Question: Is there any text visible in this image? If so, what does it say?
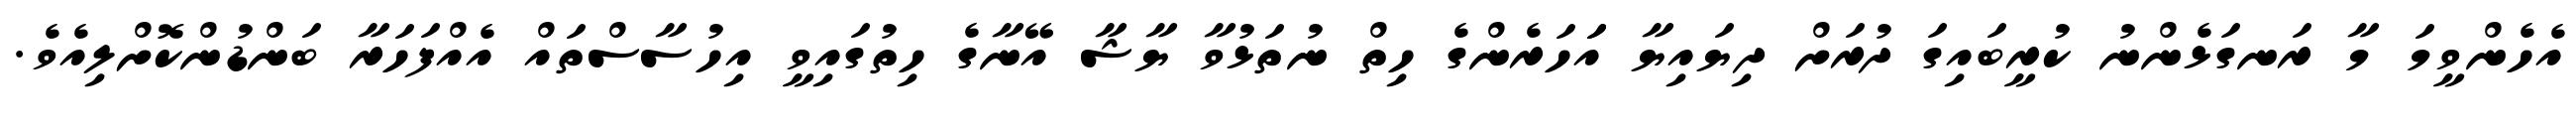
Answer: އެހެންވީމަ މާ ރަނގަޅެންނު ކުރީބައިގަ ދުރަށް ދިޔައިޔާ އަަހަރެންގެ ހިތް ނުތަޅުވާ ޔާޝާ އޭނާގެ ހިތުގައިވީ އިހުސާސްތައް އެއްފަހަރާ ބަންޑުންކޮށްލިއެވެ.